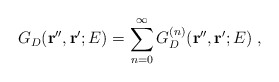
\begin{align*}G_{D} ({\bf r''},{\bf r'} ; E) =\sum_{n=0}^{\infty}G_{D}^{(n)} ({\bf r''},{\bf r'} ; E) \; ,\end{align*}